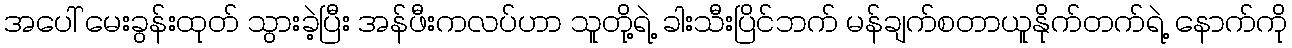
အပေါ် မေးခွန်းထုတ် သွားခဲ့ပြီး အန်ဖီးကလပ်ဟာ သူတို့ရဲ့ ခါးသီးပြိင်ဘက် မန်ချက်စတာယူနိုက်တက်ရဲ့ နောက်ကို